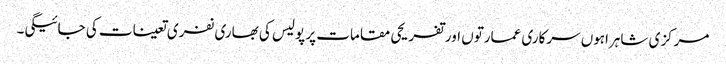
مرکزی شاہراہوں سرکاری عمارتوں اور تفریحی مقامات پر پولیس کی بھاری نفری تعینات کی جائیگی۔